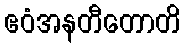
ဧဝံအနတီတောတိ